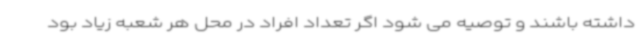
داشته باشند و توصیه می شود اگر تعداد افراد در محل هر شعبه زیاد بود